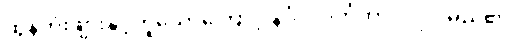
ထွန်တုံးဖျားနှင့်တူသောကြောင့် နင်္ဂလဝင်္ကတာပုဂ္ဂိုလ်မည်၏။